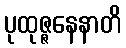
ပုထုဇ္ဇနေနာတိ